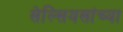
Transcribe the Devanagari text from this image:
सेल्सियसांच्या